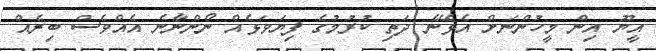
އީޔޫ އިން މީހުންނަށް އެޅޭނެ ދަތި ކުރުމުގެ ފިޔަވަޅެއް ނޯންނާނެ އެއްވެސް ބިރެއް